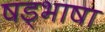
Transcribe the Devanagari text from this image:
षड्भाषा